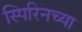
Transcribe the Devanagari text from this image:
स्पिरिनच्या